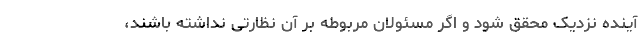
آینده نزدیک محقق شود و اگر مسئولان مربوطه بر آن نظارتی نداشته باشند،